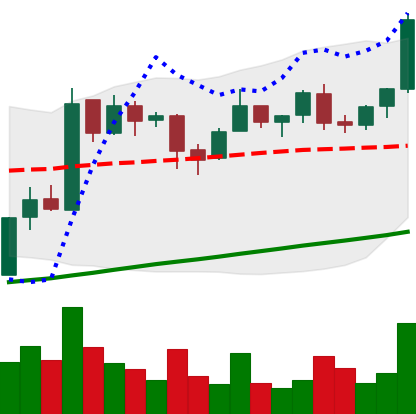
Ticker: BTC-USD
Chart end date: 2017-08-05
Forward return: 3.946%
Label: up_3_5